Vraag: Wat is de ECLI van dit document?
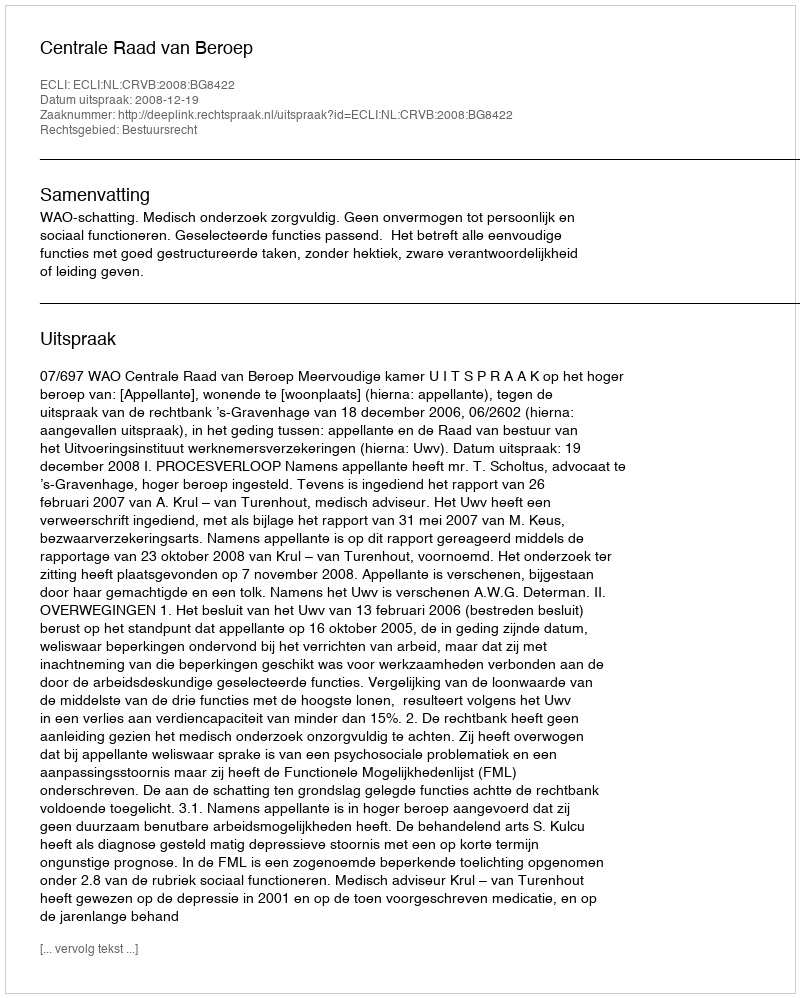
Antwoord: ECLI:NL:CRVB:2008:BG8422